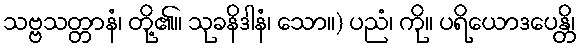
သဗ္ဗသတ္တာနံ၊ တို့၏။ သုခနိဒါနံ၊ သော။) ပညံ၊ ကို။ ပရိယောဒပေန္တိ၊